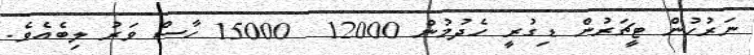
ނަރުހުން ޓީޗަރުން ޑިގުރީ ހެދުމުން 12000  15000 ހާސް ވަރު ލިބެއެވެ.